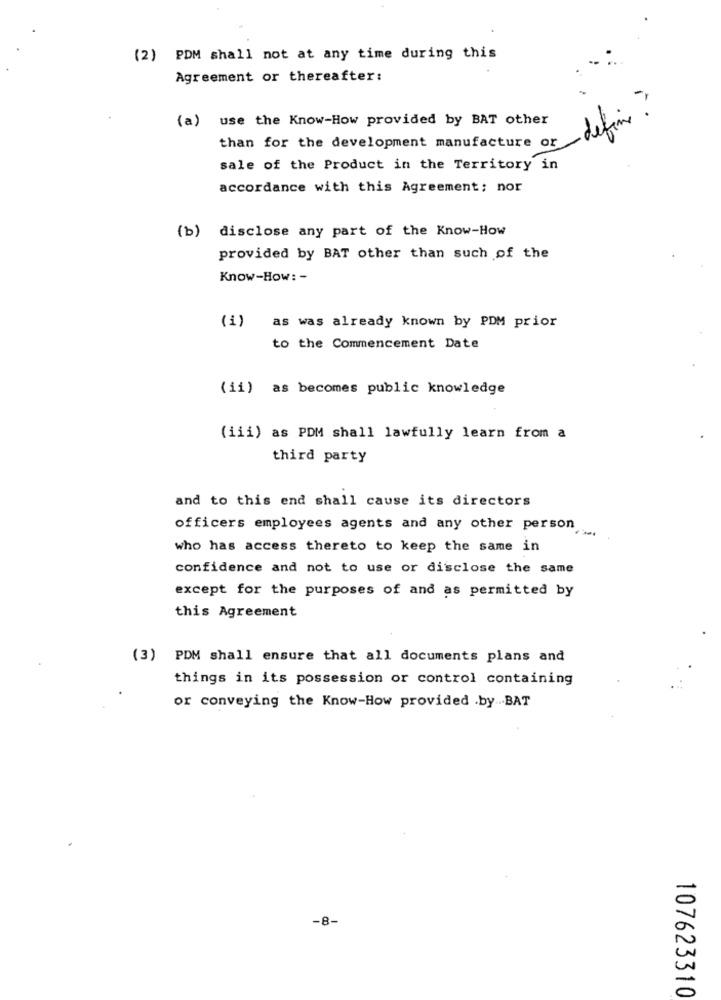
(2) PDM shall not at any time during this
Agreement or thereafter:
defin ?
(a) use the Know-How provided by BAT other
than for the development manufacture or
sale of the Product in the Territory in
accordance with this Agreement; nor
(b) disclose any part of the Know-How
provided by BAT other than such of the
Know-How: -
(i) as was already known by PDM prior
to the Commencement Date
(ii) as becomes public knowledge
(iii) as PDM shall lawfully learn from a
third party
and to this end shall cause its directors
officers employees agents and any other person
who has access thereto to keep the same in
confidence and not to use or disclose the same
except for the purposes of and as permitted by
this Agreement
(3) PDM shall ensure that all documents plans and
things in its possession or control containing
or conveying the Know-How provided .by BAT
-8-
107623310